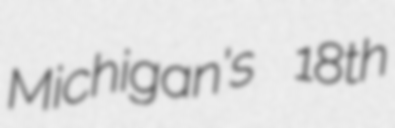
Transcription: Michigan's 18th